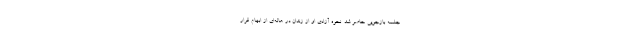
جلسه بازجویی حاضر شد. نحوه آزادی او از زندان در هاله‌ای از ابهام قرار